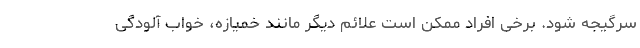
سرگیجه شود. برخی افراد ممکن است علائم دیگر مانند خمیازه، خواب آلودگی